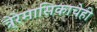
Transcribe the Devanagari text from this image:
त्रे्रेमासिकाचेही